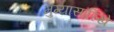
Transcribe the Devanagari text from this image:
मुंग्यासारिखे